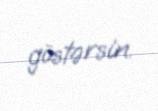
göstərsin.